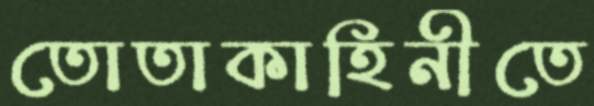
তোতাকাহিনীতে